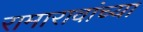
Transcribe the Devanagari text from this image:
रामारावांच्या